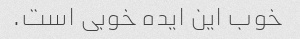
خوب این ایده خوبی است.